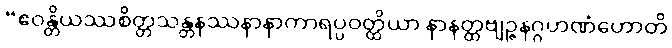
“ဧဝန္တိယဿစိတ္တသန္တနဿနာနာကာရပ္ပဝတ္ထိယာ နာနတ္ထဗျဉ္ဇနဂ္ဂဟဏံဟောတိ